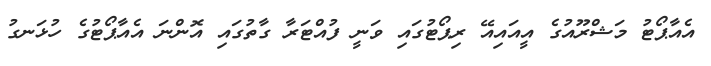
އެއާޕޯޓު މަޝްރޫއުގެ އީއައިއޭ ރިޕޯޓުގައި ވަނީ ފުއްޓަރާ ގާތުގައި އޮންނަ އެއާޕޯޓުގެ ހުޅަނގު